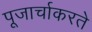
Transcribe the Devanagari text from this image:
पूजार्चाकरते